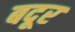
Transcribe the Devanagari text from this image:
बदूर